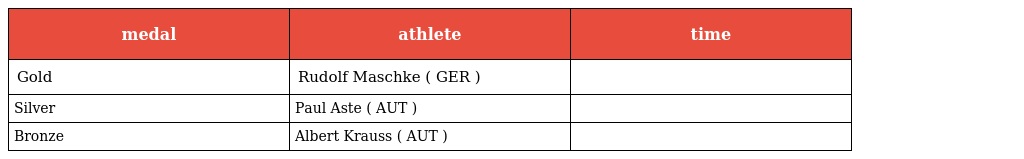
| medal | athlete | time |
 | --- | --- | --- |
 | Gold | Rudolf Maschke ( GER ) |  |
 | Silver | Paul Aste ( AUT ) |  |
 | Bronze | Albert Krauss ( AUT ) |  |